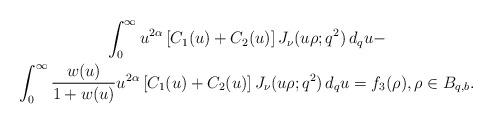
LaTeX: \begin{align*} \begin{gathered} \int_0^\infty u^{2\alpha}\left[C_1(u)+C_2(u)\right] J_\nu (u\rho; q^2) \,d_q u - \\ \int_0^\infty \dfrac{w(u)}{1+w(u)}u^{2\alpha}\left[C_1(u)+C_2(u)\right] J_\nu (u\rho; q^2) \,d_q u = f_3 (\rho), \rho\in B_{q,b}. \end{gathered} \end{align*}